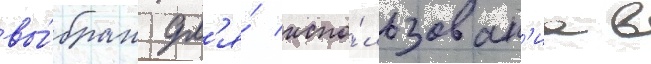
вы́бран дл'я́ испо́льзован'иа в